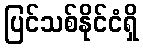
ပြင်သစ်နိုင်ငံရှိ